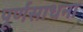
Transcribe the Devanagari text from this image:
पूर्णसाधना